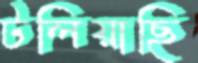
টলিয়াছি